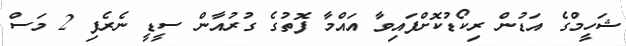
ޝަހީމްގެ އަޑުން ރިކޯޑުކޮށްފައިވާ އައްމާ ފޮތުގެ ގުރުއާން ސީޑީ ނެރެފި 2 މަސް